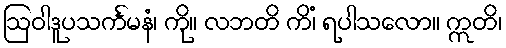
ဩဝါဒူပသင်္ကမနံ၊ ကို။ လဘတိ ကိံ၊ ရပါသလော။ ဣတိ၊